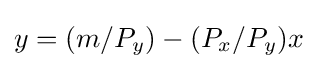
y=(m/P_{y})-(P_{x}/P_{y})x